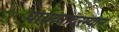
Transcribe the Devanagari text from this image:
पायव्यादरम्यान